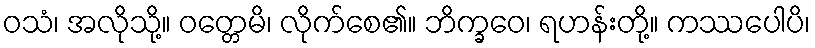
ဝသံ၊ အလိုသို့။ ဝတ္တေမိ၊ လိုက်စေ၏။ ဘိက္ခဝေ၊ ရဟန်းတို့။ ကဿပေါပိ၊